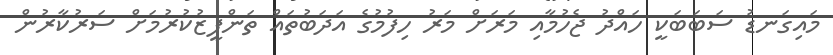
މައިގަނޑު ސަބަބަކީ ހައްދު ޖެހުމާއި މަރަށް މަރު ހިފުމުގެ އަދަބުތައް ތަންފީޒުކުރުމަށް ސަރުކާރުން